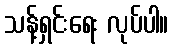
သန့်ရှင်းရေး လုပ်ပါ။